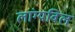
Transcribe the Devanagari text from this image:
लांग्यविल